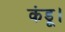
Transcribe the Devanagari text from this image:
कंडू।